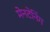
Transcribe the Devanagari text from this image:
मेनटेनिंग